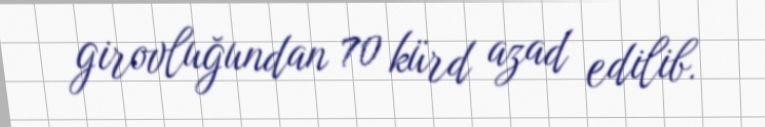
girovluğundan 70 kürd azad edilib.